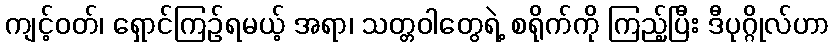
ကျင့်ဝတ်၊ ရှောင်ကြဉ်ရမယ့် အရာ၊ သတ္တဝါတွေရဲ့ စရိုက်ကို ကြည့်ပြီး ဒီပုဂ္ဂိုလ်ဟာ